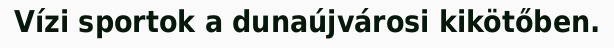
Vízi sportok a dunaújvárosi kikötőben.